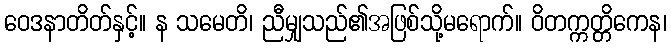
ဝေဒနာတိတ်နှင့်။ န သမေတိ၊ ညီမျှသည်၏အဖြစ်သို့မရောက်။ ဝိတက္ကတ္တိကေန၊